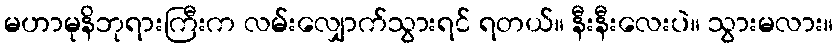
မဟာမုနိဘုရားကြီးက လမ်းလျှောက်သွားရင် ရတယ်။ နီးနီးလေးပဲ။ သွားမလား။